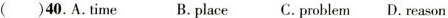
( )40.A.Time B.place C.problem D.reason